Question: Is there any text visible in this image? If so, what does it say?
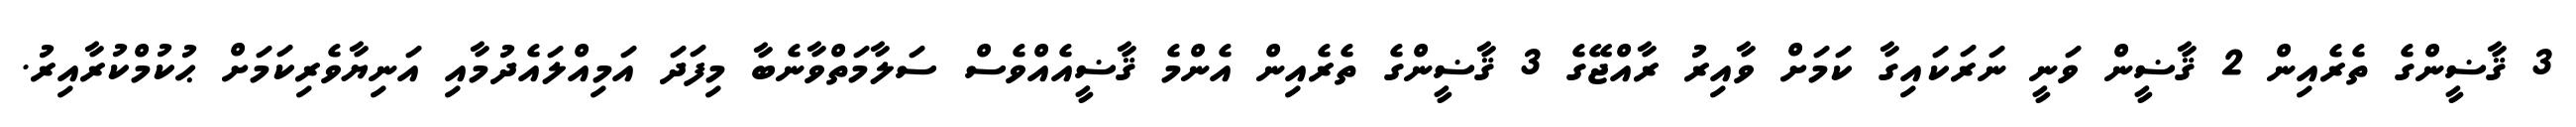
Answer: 3 ޤާޟީންގެ ތެރެއިން 2 ޤާޟީން ވަނީ ނަރަކައިގާ ކަމަށް ވާއިރު ރާއްޖޭގެ 3 ޤާޟީންގެ ތެރެއިން އެންމެ ޤާޟީއެއްވެސް ސަލާމަތްވާނެބާ މިފަދަ އަމިއްލައެދުމާއި އަނިޔާވެރިކަމަށް ޙުކުމްކުރާއިރު.